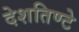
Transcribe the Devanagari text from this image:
देशतिण्टे